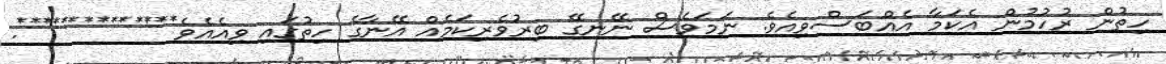
ހިތުން ރުހުުމުން އެކަމާ އެއްބަސްވިއެވެ. ނަމަވެސް ނޭނގޭ ބިރުވެރިކަމެއް އޭނާގެ ހިތުގައި ވިއެއެވެ**************.